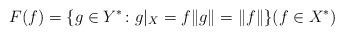
LaTeX: \begin{align*}F(f) = \{g\in Y^*\colon g|_X = f\|g\|=\|f\|\}(f\in X^*)\end{align*}